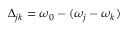
\Delta _ { j k } = \omega _ { 0 } - ( \omega _ { j } - \omega _ { k } )